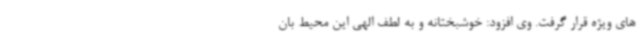
های ویژه قرار گرفت. وی افزود: خوشبختانه و به لطف الهی این محیط بان